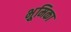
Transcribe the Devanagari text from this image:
भूुमिका